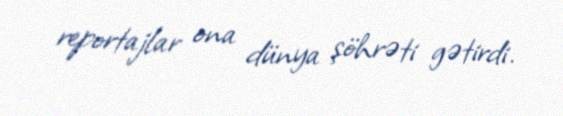
reportajlar ona dünya şöhrəti gətirdi.